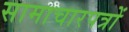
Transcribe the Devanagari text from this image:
सामाचारपत्रों